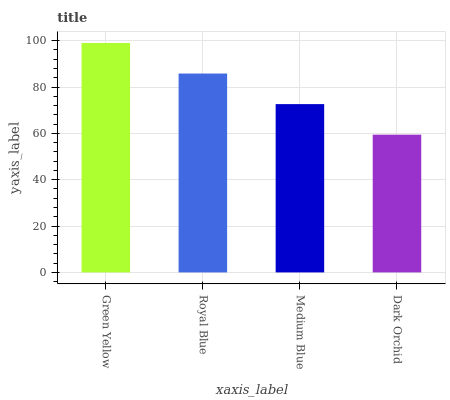
| xaxis_label | bars |
 | --- | --- |
 | Green Yellow | 99 |
 | Royal Blue | 85.8 |
 | Medium Blue | 72.6 |
 | Dark Orchid | 59.4 |